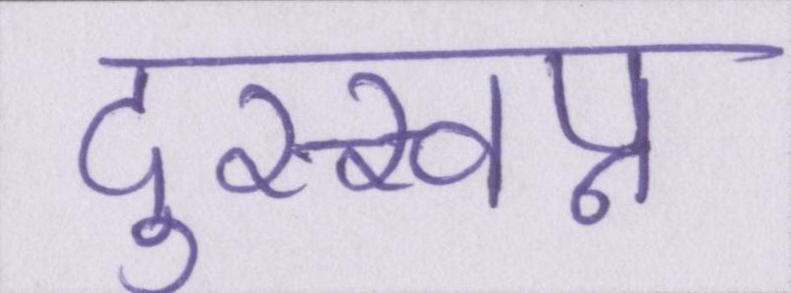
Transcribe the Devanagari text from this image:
दुस्स्वप्न